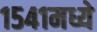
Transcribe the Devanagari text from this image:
१५४१मध्ये